Civil Veterinary Department Bihar & Orissa reports 1911-21 - 1911-1921
Year: 1911
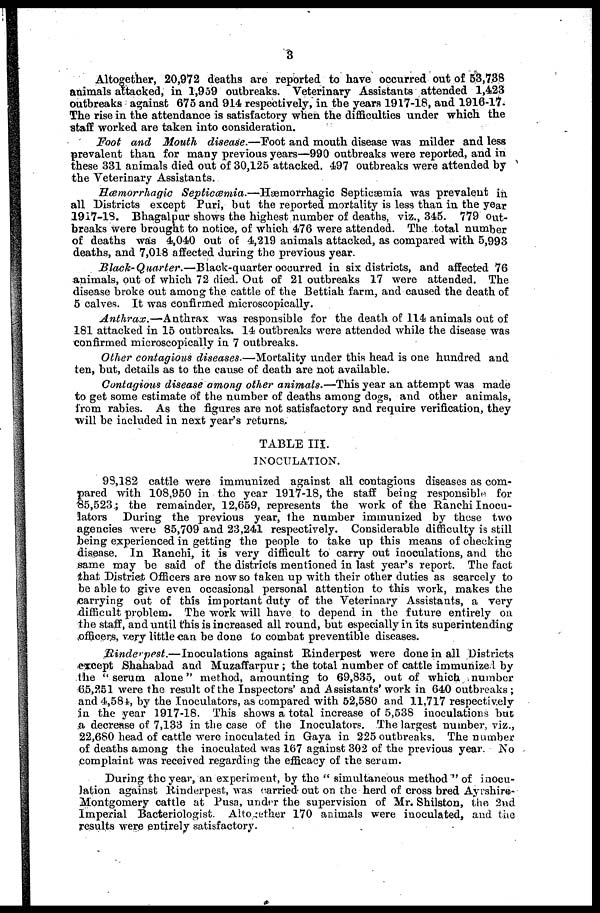
3
Altogether, 20,972 deaths are reported to have occurred out of 53,738
animals attacked, in 1,959 outbreaks. Veterinary Assistants attended 1,423
outbreaks against 675 and 914 respectively, in the years 1917-18, and 1918-17.
The rise in the attendance is satisfactory when the difficulties under which the
staff worked are taken into consideration.
Foot and Mouth disease.—Foot and mouth disease was milder and less
prevalent than for many previous years—990 outbreaks were reported, and in
these 331 animals died out of 30,125 attacked. 497 outbreaks were attended by
the Veterinary Assistants.
Hæmorrhagic
Septicæmia.—Hæmorrhagic
Septicæmia was prevalent in
all Districts except Puri, but the reported mortality is less than in the year
19I7-1S. Bhagalpur shows the highest number of deaths, viz., 345. 779 Out-
breaks were brought to notice, of which 476 were attended. The total number
of deaths was 4,040 out of 4,219 animals attacked, as compared with 5,993
deaths, and 7,018 affected during the previous year.
Black-Quarter.—Black-quarter
occurred in six districts, and affected 76
animals, out of which 72 died. Oat of 21 outbreaks 17 were attended. The
disease broke out among the cattle of the Bettiah farm, and caused the death of
5 calves. It was confirmed microscopically.
Anthrax.—Anthrax
was responsible for the death of 114 animals out of
181 attacked in 15 outbreaks. 14 outbreaks were attended while the disease was
confirmed microscopically in 7 outbreaks.
Other contagious diseases.—Mortality
under this head is one hundred and
ten, but, details as to the cause of death are not available.
Contagious disease among other animals.—This year an attempt was made
to get some estimate of the number of deaths among dogs, and other animals,
from rabies. As the figures are not satisfactory and require verification, they
will be included in next year's returns,
TABLE III.
INOCULATION.
93,182 cattle were immunized against all contagious diseases as com-
pared with 108,950 in the year 1917-18, the staff being responsible for
65,523; the remainder, 12,659, represents the work of the Ranchi Inocu-
lators
During the previous year, the number immunized by these two
agencies were 85,709 and 23,241 respectively. Considerable difficulty is still
being experienced in getting the people to take up this means of checking
disease. In Ranchi, it is very difficult to carry out inoculations, and the
same may be said of the districts mentioned in last year's report. The fact
that District Officers are now so taken up with their other duties as scarcely to
be able to give even occasional personal attention to this work, makes the
carrying out of this important duty of the Veterinary Assistants, a very
difficult problem. The work will have to depend in the future entirely on
the staff, and until this is increased all round, but especially in its superintending
officers, very little can be done to combat preventible diseases.
Rinderpest.—Inoculations
against Rinderpest were done in all Districts
except Shahabad and Muzaffarpur ; the total number of cattle immunize 1 by
the "serum alone" method, amounting to 69,835, out of which number
65,251 were the result of the Inspectors' and Assistants'work in 640 outbreaks ;
and 4,584, by the Inoculators, as compared with 52,580 and 11,717 respectively
in the year 1917-18. This shows a total increase of 5,538 inoculations but
a decrease of 7,133 in the case of the Inoculators. The largest number, viz.,
22,680 head of cattle were inoculated in Gaya in 225 outbreaks. The number
of deaths among the inoculated was 167 against 302 of the previous year. No
complaint was received regarding the efficacy of the serum.
During the year, an experiment, by the " simultaneous method " of inocu-
lation against Rinderpest, was carried out on the herd of cross bred Ayrshire-
Montgomery cattle at Pusa, under the supervision of Mr. Shilston, the 2nd
Imperial Bacteriologist. Altogether 170 animals were inoculated, and the
results were entirely satisfactory.